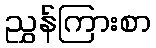
ညွှန်ကြားစာ